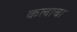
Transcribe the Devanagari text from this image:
कलाचा